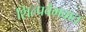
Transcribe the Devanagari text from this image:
शिल्पवैभवात